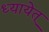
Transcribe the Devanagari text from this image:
ध्यायेत्